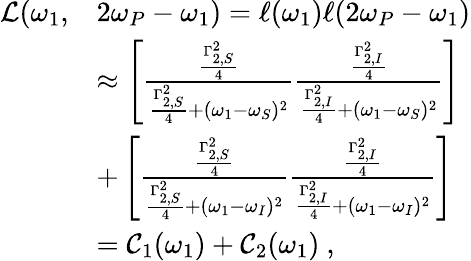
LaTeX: \begin{array}{rl}{\mathcal{L}(\omega_{1},}&{2\omega_{P}-\omega_{1})=\ell(\omega_{1})\ell(2\omega_{P}-\omega_{1})}\\ &{\approx\left[\frac{\frac{\Gamma_{2,S}^{2}}{4}}{\frac{\Gamma_{2,S}^{2}}{4}+(\omega_{1}-\omega_{S})^{2}}\frac{\frac{\Gamma_{2,I}^{2}}{4}}{\frac{\Gamma_{2,I}^{2}}{4}+(\omega_{1}-\omega_{S})^{2}}\right]}\\ &{+\left[\frac{\frac{\Gamma_{2,S}^{2}}{4}}{\frac{\Gamma_{2,S}^{2}}{4}+(\omega_{1}-\omega_{I})^{2}}\frac{\frac{\Gamma_{2,I}^{2}}{4}}{\frac{\Gamma_{2,I}^{2}}{4}+(\omega_{1}-\omega_{I})^{2}}\right]}\\ &{=\mathcal{C}_{1}(\omega_{1})+\mathcal{C}_{2}(\omega_{1})\ ,}\end{array}